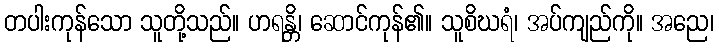
တပါးကုန်သော သူတို့သည်။ ဟရန္တိ၊ ဆောင်ကုန်၏။ သူစိဃရံ၊ အပ်ကျည်ကို။ အညေ၊